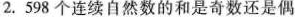
2.598个连续自然数的和是奇数还是偶